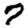
Digit: 7